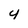
Character: 4